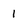
Character: 1